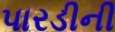
પારડીની